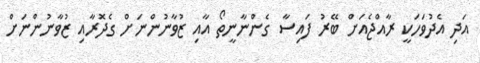
އަދި އެދުވަހަކީ ރާއްޖެއަށް ބޭރު ފައިސާ ގެންނާނީތޯ އާއި ޒުވާނުންނަށް ގެދޮރާއި ޒުވާނުންނަށް